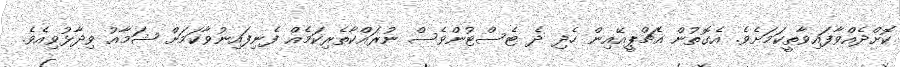
ކޮށްދެއްވާފައިވާތީކަމަށެވެ. އެގޮތުން އެޗްޕީއޭއިން ހެދި ދެ ޓެސްޓުންވެސް ނުރައްކާތެރިކަމެއް ފެނިފައިނުވާކަމަށް ޝަމާއު ވިދާޅުވިއެވެ.